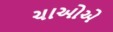
ચાઓએ